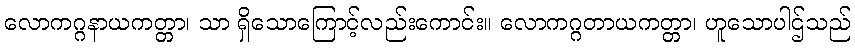
လောကဂ္ဂနာယကတ္တာ၊ သာ ရှိသောကြောင့်လည်းကောင်း။ လောကဂ္ဂတာယကတ္တာ၊ ဟူသောပါဌ်သည်